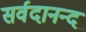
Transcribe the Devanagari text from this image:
सर्वदानन्द